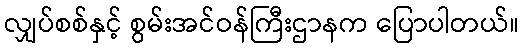
လျှပ်စစ်နှင့် စွမ်းအင်ဝန်ကြီးဌာနက ပြောပါတယ်။